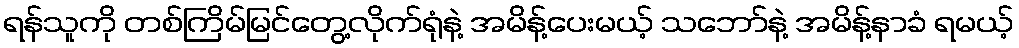
ရန်သူကို တစ်ကြိမ်မြင်တွေ့လိုက်ရုံနဲ့ အမိန့်ပေးမယ့် သဘော်နဲ့ အမိန့်နာခံ ရမယ့်